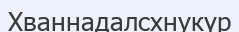
Хваннадалсхнукүр